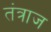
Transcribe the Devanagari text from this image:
तंत्राज